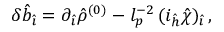
\delta { \hat { b } } _ { \hat { \imath } } = \partial _ { \hat { \imath } } { \hat { \rho } } ^ { ( 0 ) } - l _ { p } ^ { - 2 } \, ( i _ { \hat { h } } { \hat { \chi } } ) _ { \hat { \imath } } \, ,